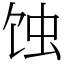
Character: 蚀